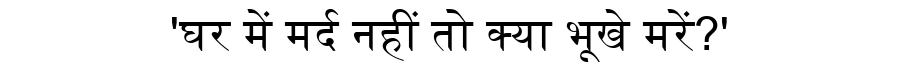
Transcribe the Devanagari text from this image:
'घर में मर्द नहीं तो क्या भूखे मरें?'